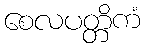
စေလပတ္တိကံ